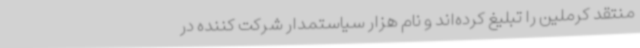
منتقد کرملین را تبلیغ کرده‌اند و نام هزار سیاستمدار شرکت کننده در